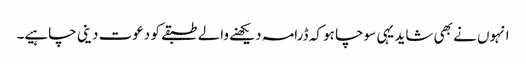
انہوں نے بھی شاید یہی سوچا ہو کہ ڈرامہ دیکھنے والے طبقے کو دعوت دینی چاہیے۔